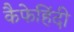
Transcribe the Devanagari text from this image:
कैफेहिंदी